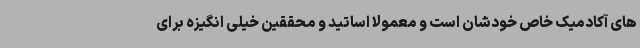
های آکادمیک خاص خودشان است و معمولا اساتید و محققین خیلی انگیزه برای